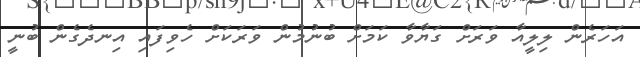
އަހަރެން ލިލީއާ ވަރަށް ގަޔާވާ ކަމަށް ބުނުމުން ވަރަކަށް ހެވިފައި އިނދެގެން ބުނީ